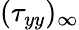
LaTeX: (\tau_{yy})_{\infty}